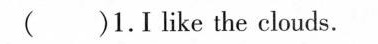
( )1.Ilike the clouds.